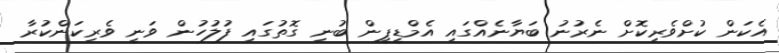
އެކަން ކުށްވެރިކޮށް ނެރުނު ބަޔާނެއްގައި އެމްޑީޕީން ބުނި ގޮތުގައި ފުލުހުން ވަނީ ވެރިކަންކުރާ